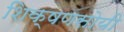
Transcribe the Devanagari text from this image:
शिक्षणसोयी